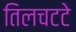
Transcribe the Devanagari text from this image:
तिलचटटे